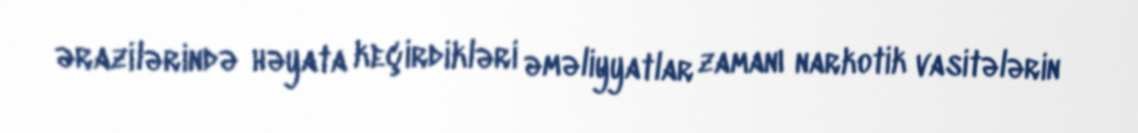
ərazilərində həyata keçirdikləri əməliyyatlar zamanı narkotik vasitələrin